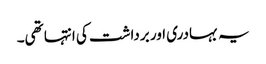
یہ بہادری اور برداشت کی انتہا تھی۔